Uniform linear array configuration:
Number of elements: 8
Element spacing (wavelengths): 0.5
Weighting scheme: hann
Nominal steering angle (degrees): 45
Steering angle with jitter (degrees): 46.429
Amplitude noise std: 0.05
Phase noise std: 0.05

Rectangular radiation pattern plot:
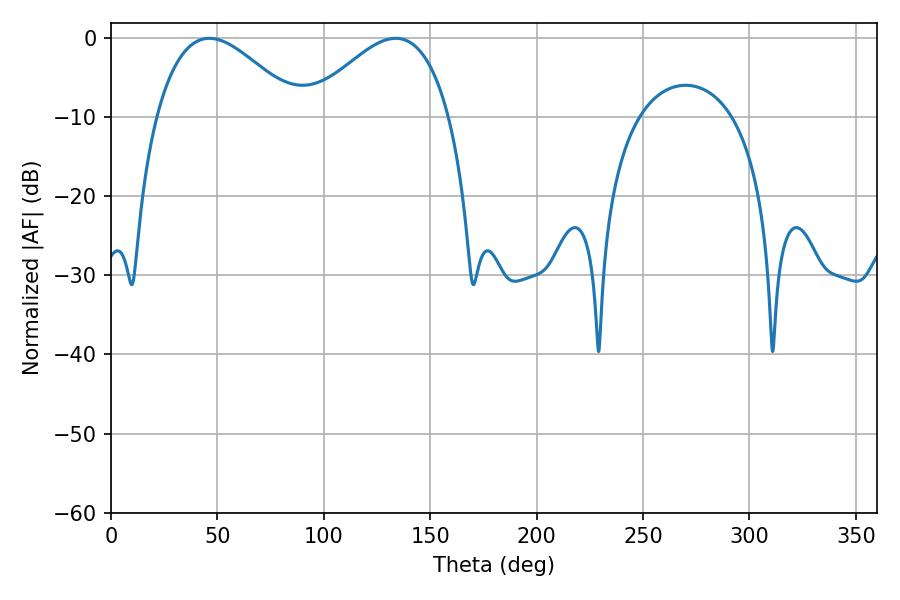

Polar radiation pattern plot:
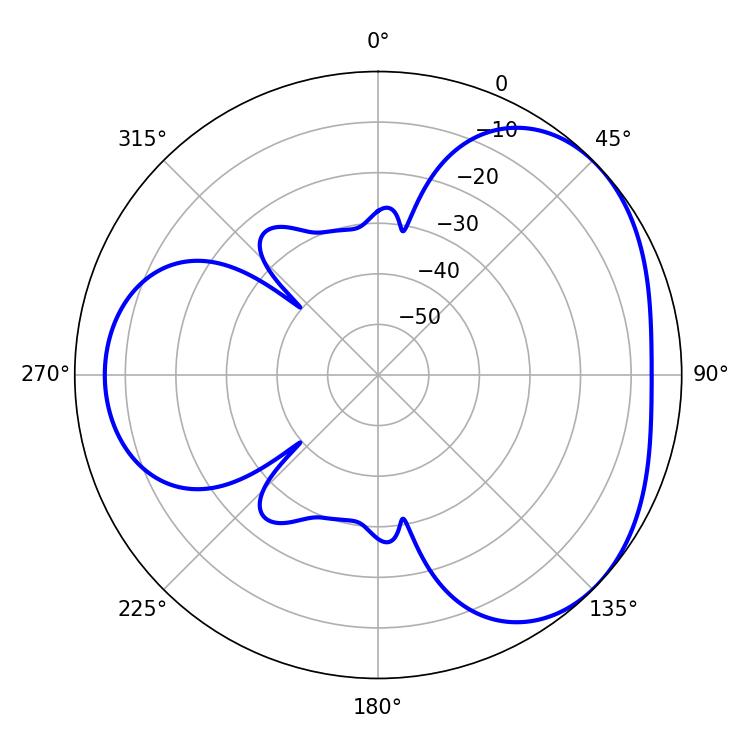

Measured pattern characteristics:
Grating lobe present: FALSE
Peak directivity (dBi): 3.529
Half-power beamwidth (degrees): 36.18
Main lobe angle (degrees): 46.26